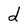
Character: d